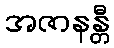
အဇာနန္တီ